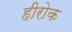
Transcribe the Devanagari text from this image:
हीरोक